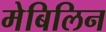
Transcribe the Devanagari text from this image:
मेबिलिन